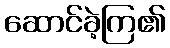
ဆောင်ခဲ့ကြ၏